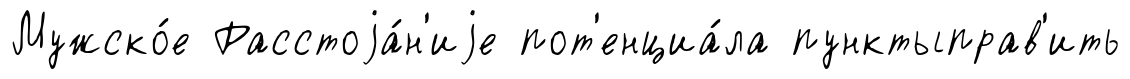
Мужско́е Расстоjа́н'иjе пот'енциа́ла пунктыправ'ить